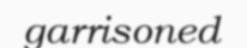
garrisoned